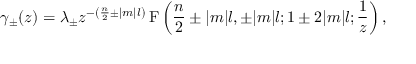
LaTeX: \gamma _ { \pm } ( z ) = \lambda _ { \pm } z ^ { - \left( \frac { n } 2 \pm | m | l \right) } \, \mathrm { F } \left( \frac { n } 2 \pm | m | l , \pm | m | l ; 1 \pm 2 | m | l ; \frac 1 z \right) ,